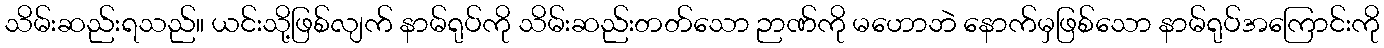
သိမ်းဆည်းရသည်။ ယင်းသို့ဖြစ်လျက် နာမ်ရုပ်ကို သိမ်းဆည်းတတ်သော ဉာဏ်ကို မဟောဘဲ နောက်မှဖြစ်သော နာမ်ရုပ်အကြောင်းကို